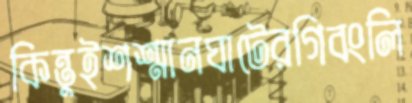
কিন্তুইশশ্মানঘাটেরগিবংলি